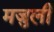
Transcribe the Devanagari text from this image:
मजुली